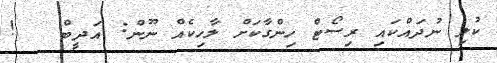
ކުލި ނުދައްކައި ރިސޯޓް ހިންގާކަށް ލާހިކެއް ނޫން: އަދީބް   !